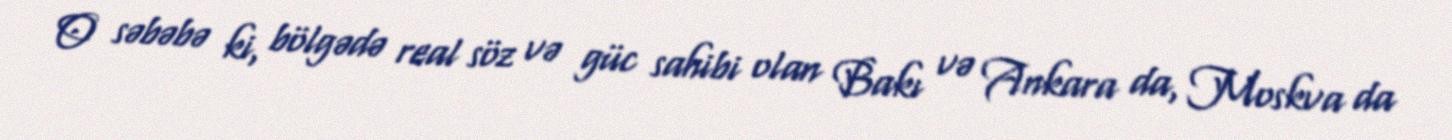
O səbəbə ki, bölgədə real söz və güc sahibi olan Bakı və Ankara da, Moskva da